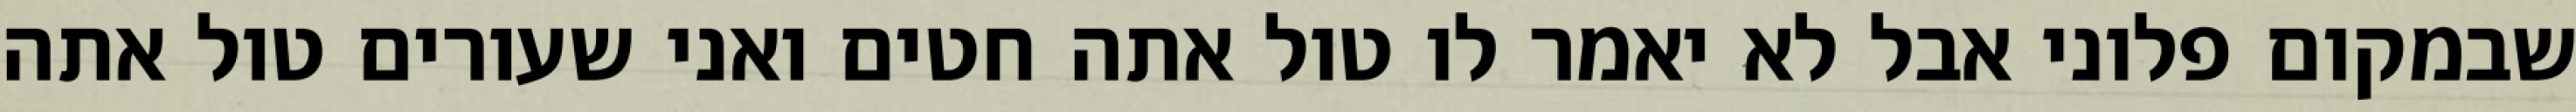
שבמקום פלוני אבל לא יאמר לו טול אתה חטים ואני שעורים טול אתה